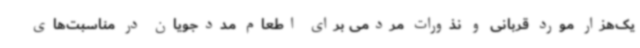
یک‌هزار مورد قربانی و نذورات مردمی برای اطعام مددجویان در مناسبت‌های